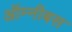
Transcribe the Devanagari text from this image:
ऑम्नीबस